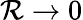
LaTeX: \mathcal{R}\to0